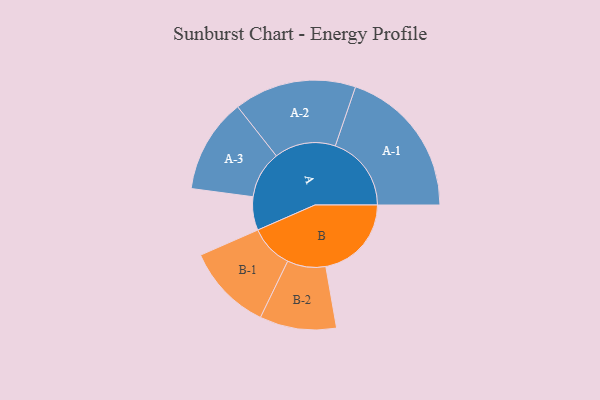
{"axis": {"x": "Segment", "y": "Value"}, "legend": ["", "A", "B"], "data": [{"x": "A", "y": 101, "type": ""}, {"x": "B", "y": 259, "type": ""}, {"x": "A-1", "y": 230, "type": "A"}, {"x": "A-2", "y": 185, "type": "A"}, {"x": "A-3", "y": 143, "type": "A"}, {"x": "B-1", "y": 131, "type": "B"}, {"x": "B-2", "y": 116, "type": "B"}]}